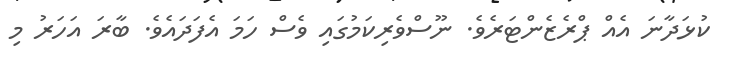
ކުޅަދާނަ އެއް ޕްރެޒެންޓަރެވެ. ނޫސްވެރިކަމުގައި ވެސް ހަމަ އެފަދައެވެ. ބާރަ އަހަރު މި